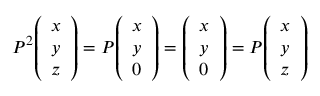
P ^ { 2 } { \left( \begin{array} { l } { x } \\ { y } \\ { z } \end{array} \right) } = P { \left( \begin{array} { l } { x } \\ { y } \\ { 0 } \end{array} \right) } = { \left( \begin{array} { l } { x } \\ { y } \\ { 0 } \end{array} \right) } = P { \left( \begin{array} { l } { x } \\ { y } \\ { z } \end{array} \right) }